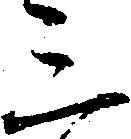
三